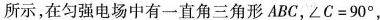
所示，在匀强电场中有一直角三角形ABC，$$\angle C=90^{\circ}$$，